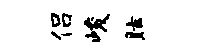
侣峻眩